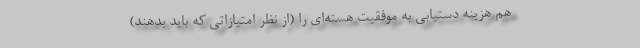
هم هزینه دستیابی به موفقیت هسته‌ای را (از نظر امتیازاتی که باید بدهند)